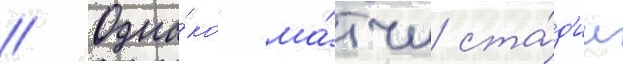
// Одна́ко ма́тчи ста́д'ии